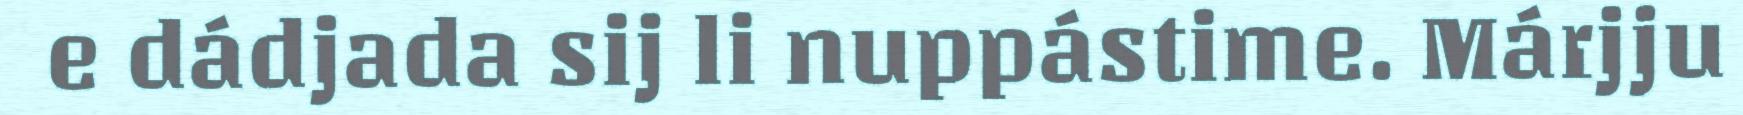
e dádjada sij li nuppástime. Márjju